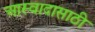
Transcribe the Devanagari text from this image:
आस्वादासाठी